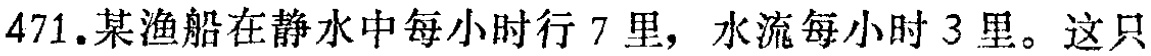
471.某渔船在静水中每小时行 7 里，水流每小时 3 里。这只